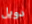
دويل